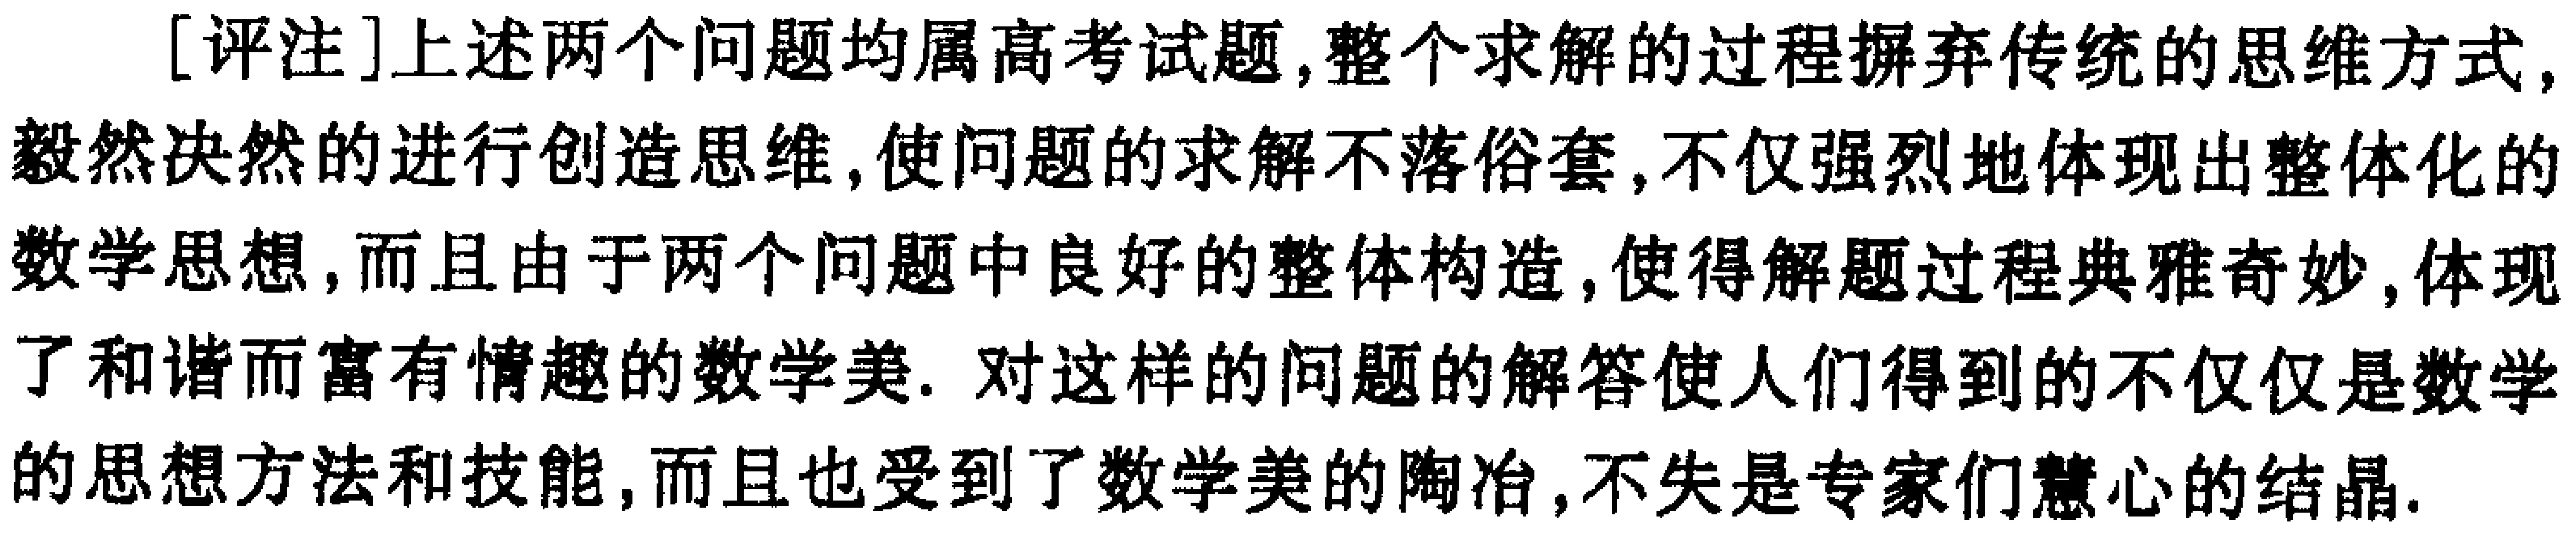
[评注]上述两个问题均属高考试题,整个求解的过程摒弃传统的思维方式,毅然决然的进行创造思维,使问题的求解不落俗套,不仅强烈地体现出整体化的数学思想,而且由于两个问题中良好的整体构造,使得解题过程典雅奇妙,体现了和谐而富有情趣的数学美. 对这样的问题的解答使人们得到的不仅仅是数学的思想方法和技能,而且也受到了数学美的陶冶,不失是专家们慧心的结晶.